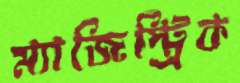
ম্যাজিস্ট্রিক